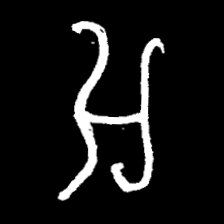
Pyu character \u2014 Myanmar letter: အ (romanized: a)